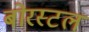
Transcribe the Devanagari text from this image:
बोरस्टल